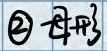
\textcircled{2}$t + 3$